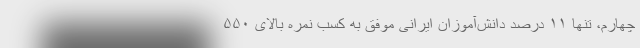
چهارم، تنها ۱۱ درصد دانش‌آموزان ایرانی موفق به کسب نمره بالای ۵۵۰